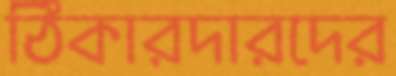
ঠিকারদারদের